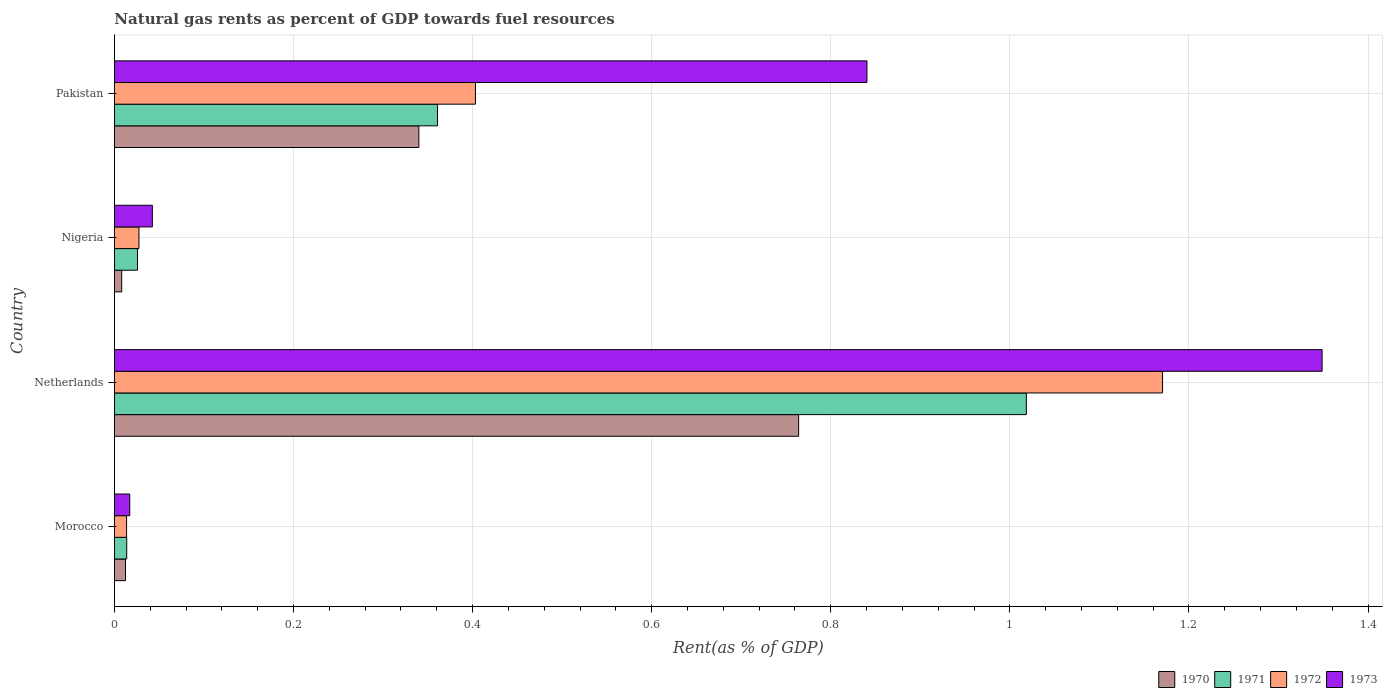
| Country | 1970 | 1971 | 1972 | 1973 |
 | --- | --- | --- | --- | --- |
 | Morocco | 0.0124 | 0.0137 | 0.0135 | 0.0171 |
 | Netherlands | 0.764 | 1.02 | 1.17 | 1.35 |
 | Nigeria | 0.00813 | 0.0258 | 0.0274 | 0.0424 |
 | Pakistan | 0.34 | 0.361 | 0.403 | 0.84 |